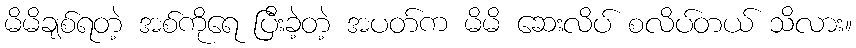
မိမိချစ်ရတဲ့ အစ်ကိုရေ ပြီးခဲ့တဲ့ အပတ်က မိမိ ဆေးလိပ် စလိပ်တယ် သိလား။